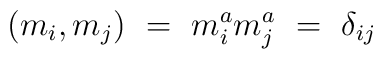
(m_i, m_j) \ = \ m^a_i m^a_j \ = \ \delta_{ij}